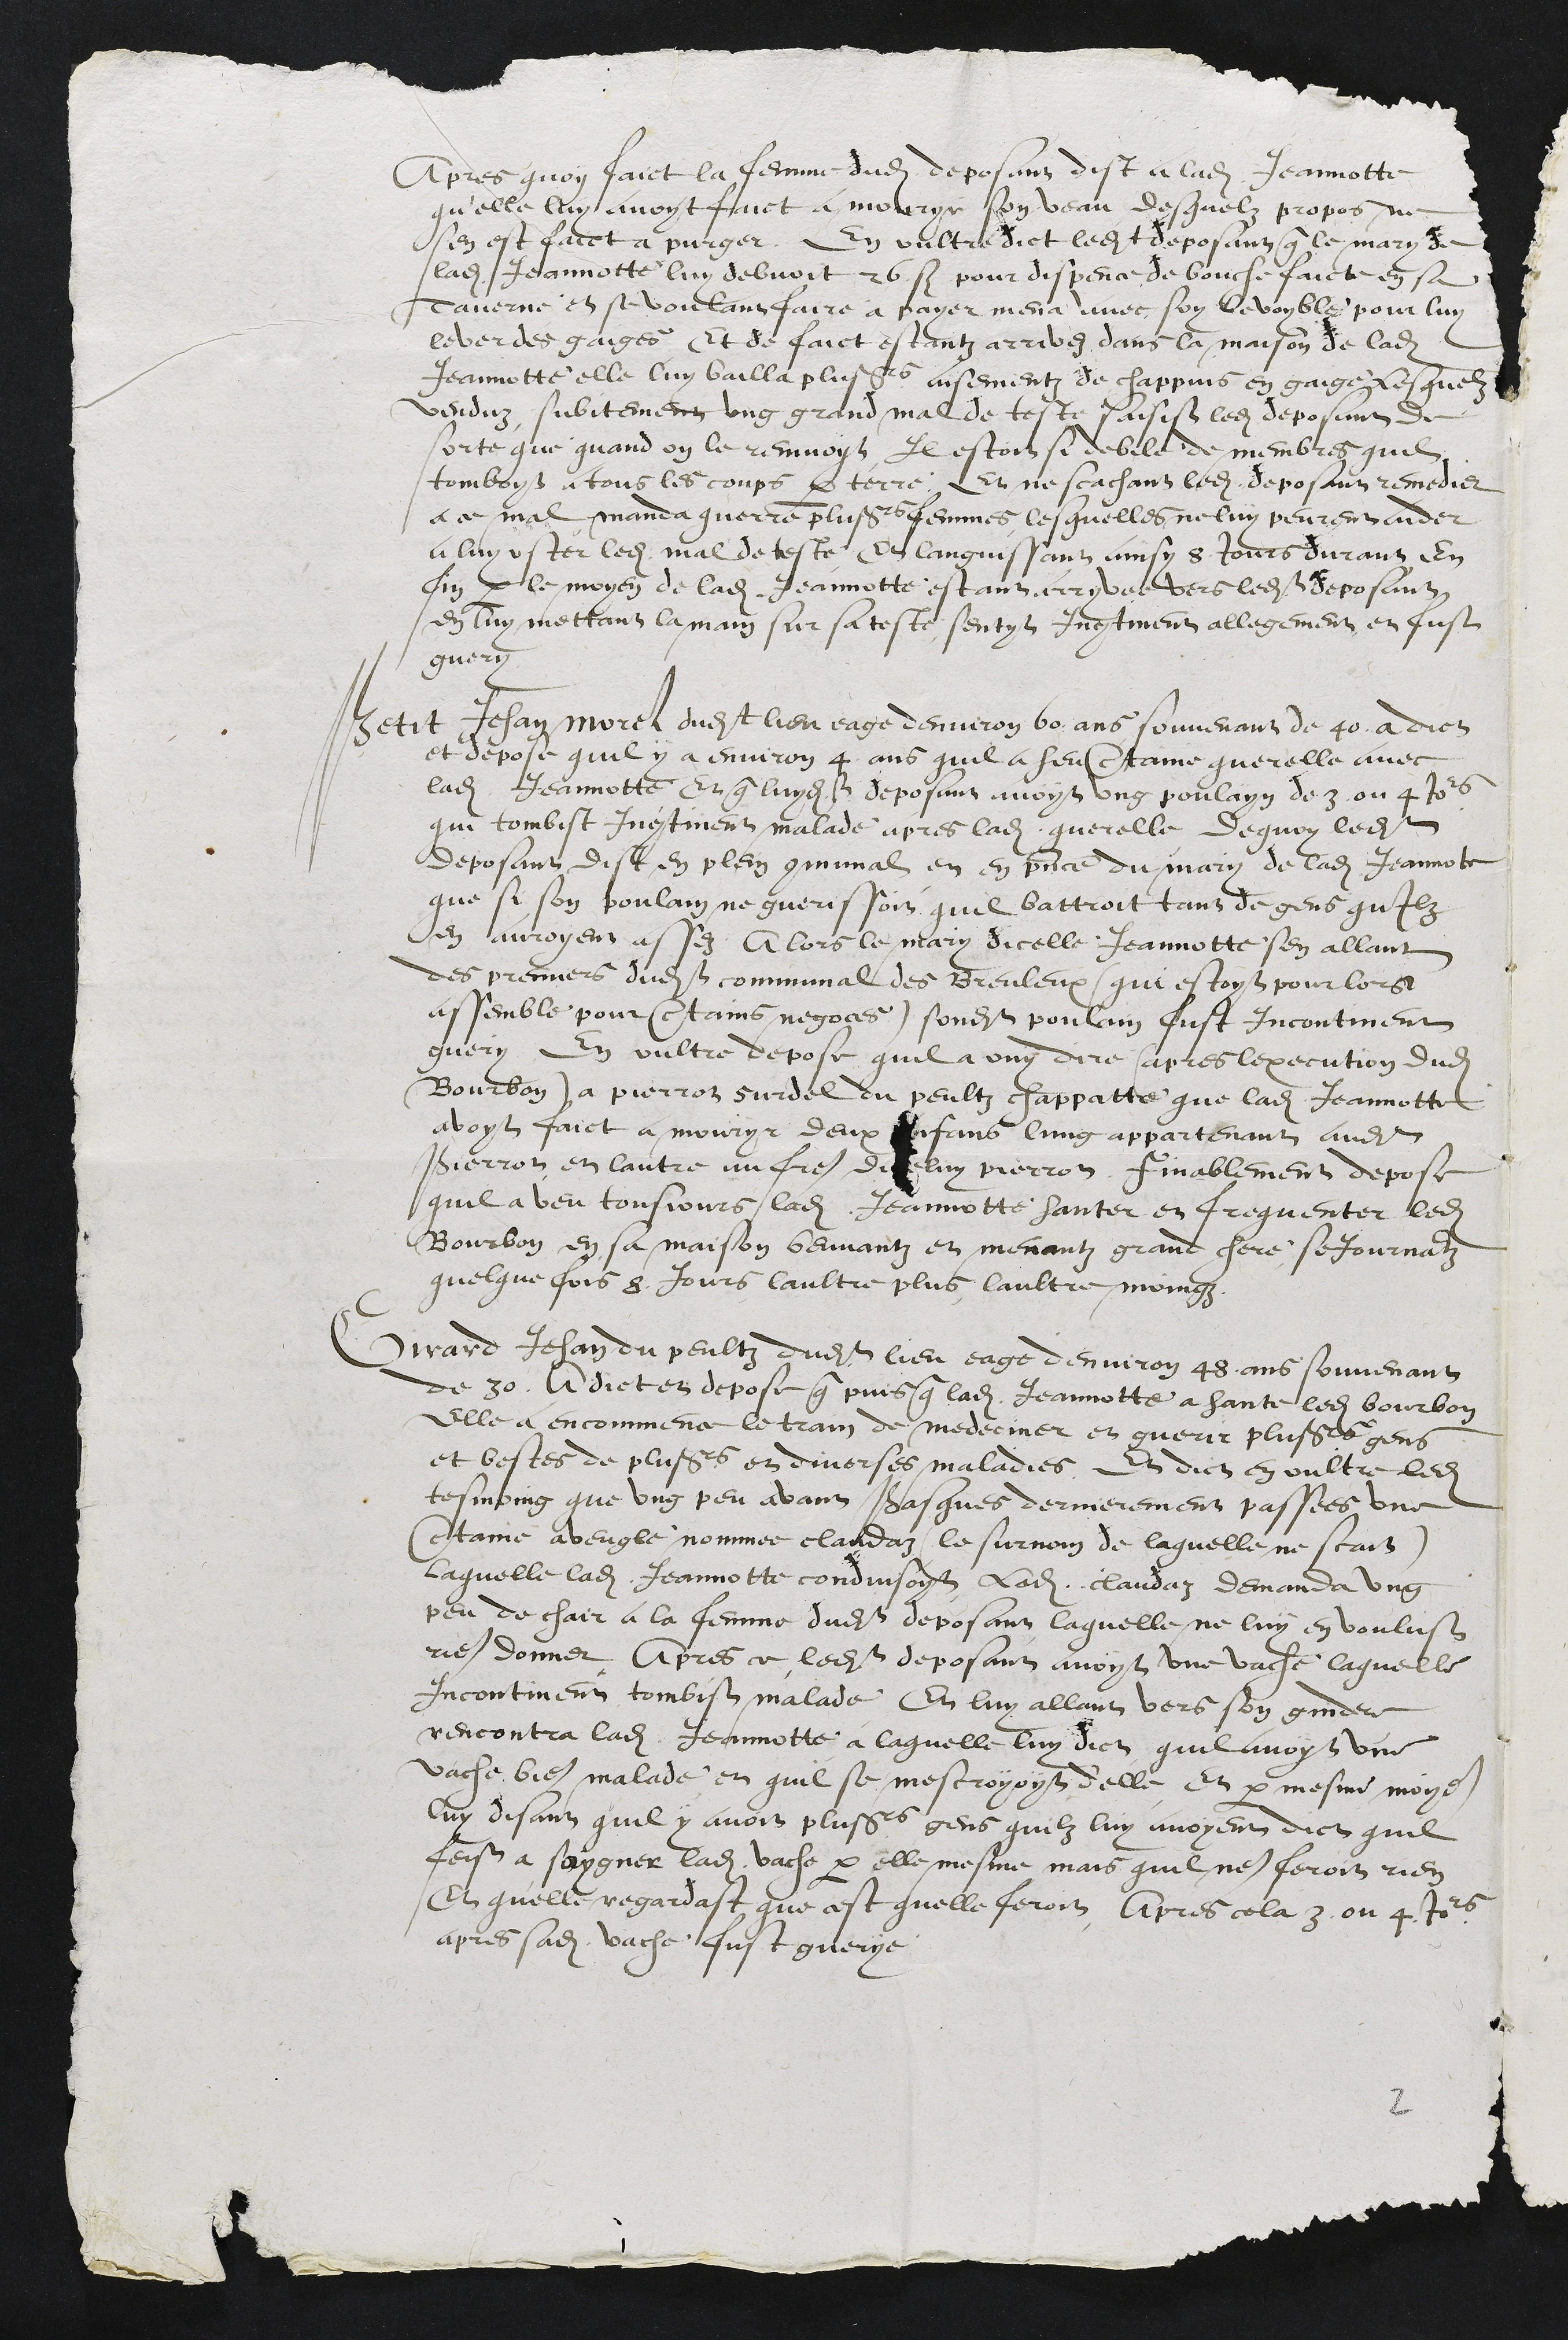
Après quoi fait, la femme dudit déposant dit à ladite Jeannette
qu'elle lui avait fait mourir son veau, desquels propos ne
s'en est fait purger. En outre, dit ledit déposant que le mari de
ladite Jeannette lui devait 26 sols pour dépense de bourse faite en sa
taverne et se voulant faire payer, mena avec soi le voeble pour lui
lever les gages. Et de fait, étant arrivés dans la maison de ladite
Jeannette, elle lui bailla plusieurs aisements de chappuis en gage, lesquels
vendus, subitement un grand mal de tête saisit ledit déposant, de
sorte que quand on le remuait, il était si débile de membres qu'il
tombait à tous les coups par terre. Et ne sachant ledit déposant remédier
à ce mal, manda quérir plusieurs femmes, lesquelles ne lui purent aider
à lui oter ledit mal de tête. Et languissant ainsi 8 jours durant. En-
fin, par le moyen de ladite Jeannette étant arrivée vers ledit déposant
et lui mettant la main sur sa tête, sentit incontinent allégement et fut
guéri.
Petit Jean Morel, dudit lieu, âgé d'environ 60 ans, souvenant de 40, a dit
et déposé qu'il y a environ 4 ans qu'il a eu certaine querelle avec
ladite Jeannette. Et que luidit déposant avait un poulain de 3 ou 4 jours,
qui tomba incontinent malade après ladite querelle; dequoi ledit
déposant dit en plein communal et en présence du mari de ladite Jeannette
que si son poulain ne guérissait, qu'il battrait tant de gens qu'ils
en auraient assez. Alors le mari d'icelle Jeannette s'en allant
des premiers dudit communal des Breuleux (qui était pour lors
assemblé pour certains négoces), sondit poulain fut incontinent
guéri. En outre, dépose qu'il a ouï dire (après l'exécution dudit
Bourbon) à Pierrot Surdel du Peuchapat-be, que ladite Jeannette
avait fait mourir deux enfants, l'un appartenant audit
Pierrot, et l'autre au frère d'icelui Pierrot. Finalement, dépose
qu'il a vu toujours ladite Jeannette hanter et fréquenter ledit
Bourbon en sa maison, buvant et menant chair. Séjourna
quelquefois 8 jours, d'autres plus, d'autres moins.
Ëirard Jeandupeux, dudit lieu, âgé d'environ 48 ans, souvenant
de 30, a dit et déposé que puisque ladite Jeannette a hanté ledit Bourbon
elle a encommencé le train de mêdeciner et guérir plusieurs gens
et bê-bes de plusieurs et diverses maladies. Et dit, en outre, ledit
témoin que un peu avant Pâques dernièrement passée, une
certaine aveugle nommée Claudat (le surnom de laquelle ne sait),
laquelle ladite Jeannette conduisait; ladite Claudat demanda un
peu de chair à la femme dudit déposant, laquelle ne lui en voulut
rien donner. Après ce, ledit déposant avait une vache, laquelle
incontinent tomba malade. Et lui allant vers son gindre,
rencon-tra ladite Jeannette à laquelle lui dit qu'il avait une
vache bien malade, et qu'il se mécroyait d'elle. Et par même moyen,
lui disant qu'il y avait plusieurs gens qui lui avaient dit qu'il
fit saigner ladite vache par elle-même, mais qu'il n'en ferait rien.
Et qu'elle regarda ce qu'elle ferait. Après cela, 3 ou 4 jours
après, sadite vache fut guérie.